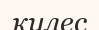
кулес